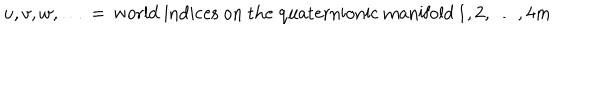
u , v , w , \dots \, = \, \mathrm { w o r l d ~ i n d i c e s ~ o n ~ t h e ~ q u a t e r n i o n i c ~ m a n i f o l d } \, 1 , 2 , \dots , 4 m